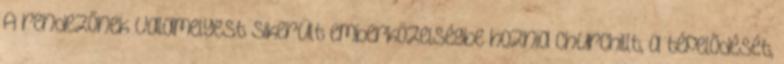
A rendezőnek valamelyest sikerült emberközelségbe hoznia Churchillt, a tépelődését,